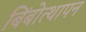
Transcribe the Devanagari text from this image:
बिंबोत्थापन